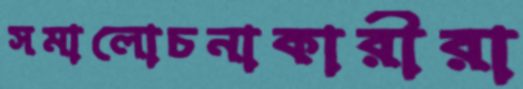
সমালোচনাকারীরা